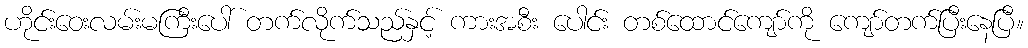
ဟိုင်းဝေးလမ်းမကြီးပေါ် တက်လိုက်သည်နှင့် ကားအစီး ပေါင်း တစ်ထောင်ကျော်ကို ကျော်တက်ပြီးနေပြီ။